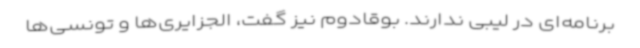
برنامه‌ای در لیبی ندارند. بوقادوم نیز گفت، الجزایری‌ها و تونسی‌ها